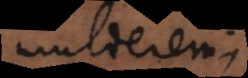
mulierem;